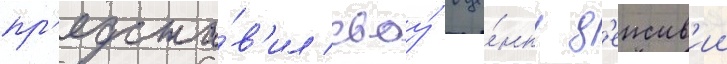
пр'едста́в'ил своу́ оце́нку д'еиств'ии